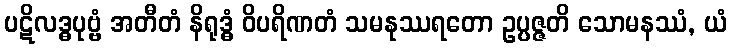
ပဋိလဒ္ဓပုဗ္ဗံ အတီတံ နိရုဒ္ဓံ ဝိပရိဏတံ သမနုဿရတော ဥပ္ပဇ္ဇတိ သောမနဿံ, ယံ